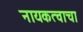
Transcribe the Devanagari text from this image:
नायकत्वाचा